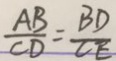
\frac { A B } { C D } = \frac { B D } { C E }